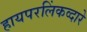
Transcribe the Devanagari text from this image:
हायपरलिंकव्दारे